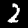
Label: 2